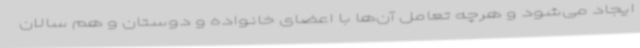
ایجاد می‌شود و هرچه تعامل آن‌ها با اعضای خانواده و دوستان و هم سالان